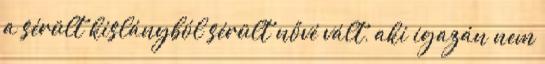
a sérült kislányból sérült nővé vált, aki igazán nem